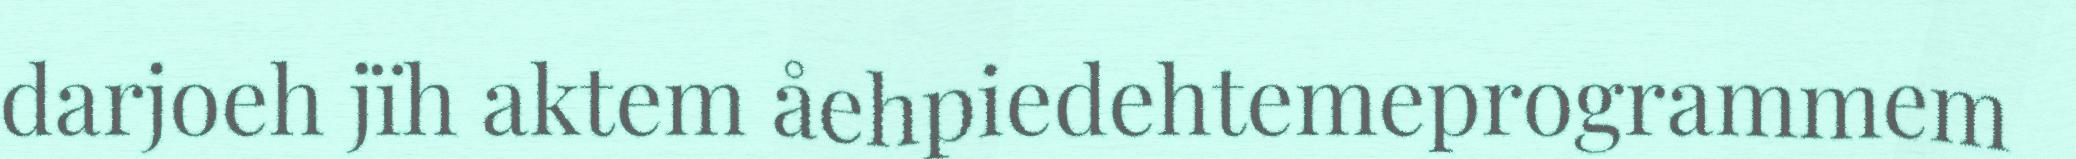
darjoeh jïh aktem åehpiedehtemeprogrammem